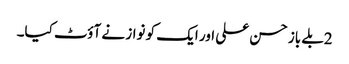
2بلے باز حسن علی اور ایک کو نواز نے آؤٹ کیا۔